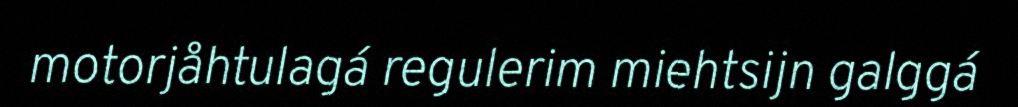
motorjåhtulagá regulerim miehtsijn galggá